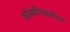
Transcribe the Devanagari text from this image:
फोस्फीनाइटोइन